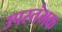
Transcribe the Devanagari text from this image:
उपस्तंभक